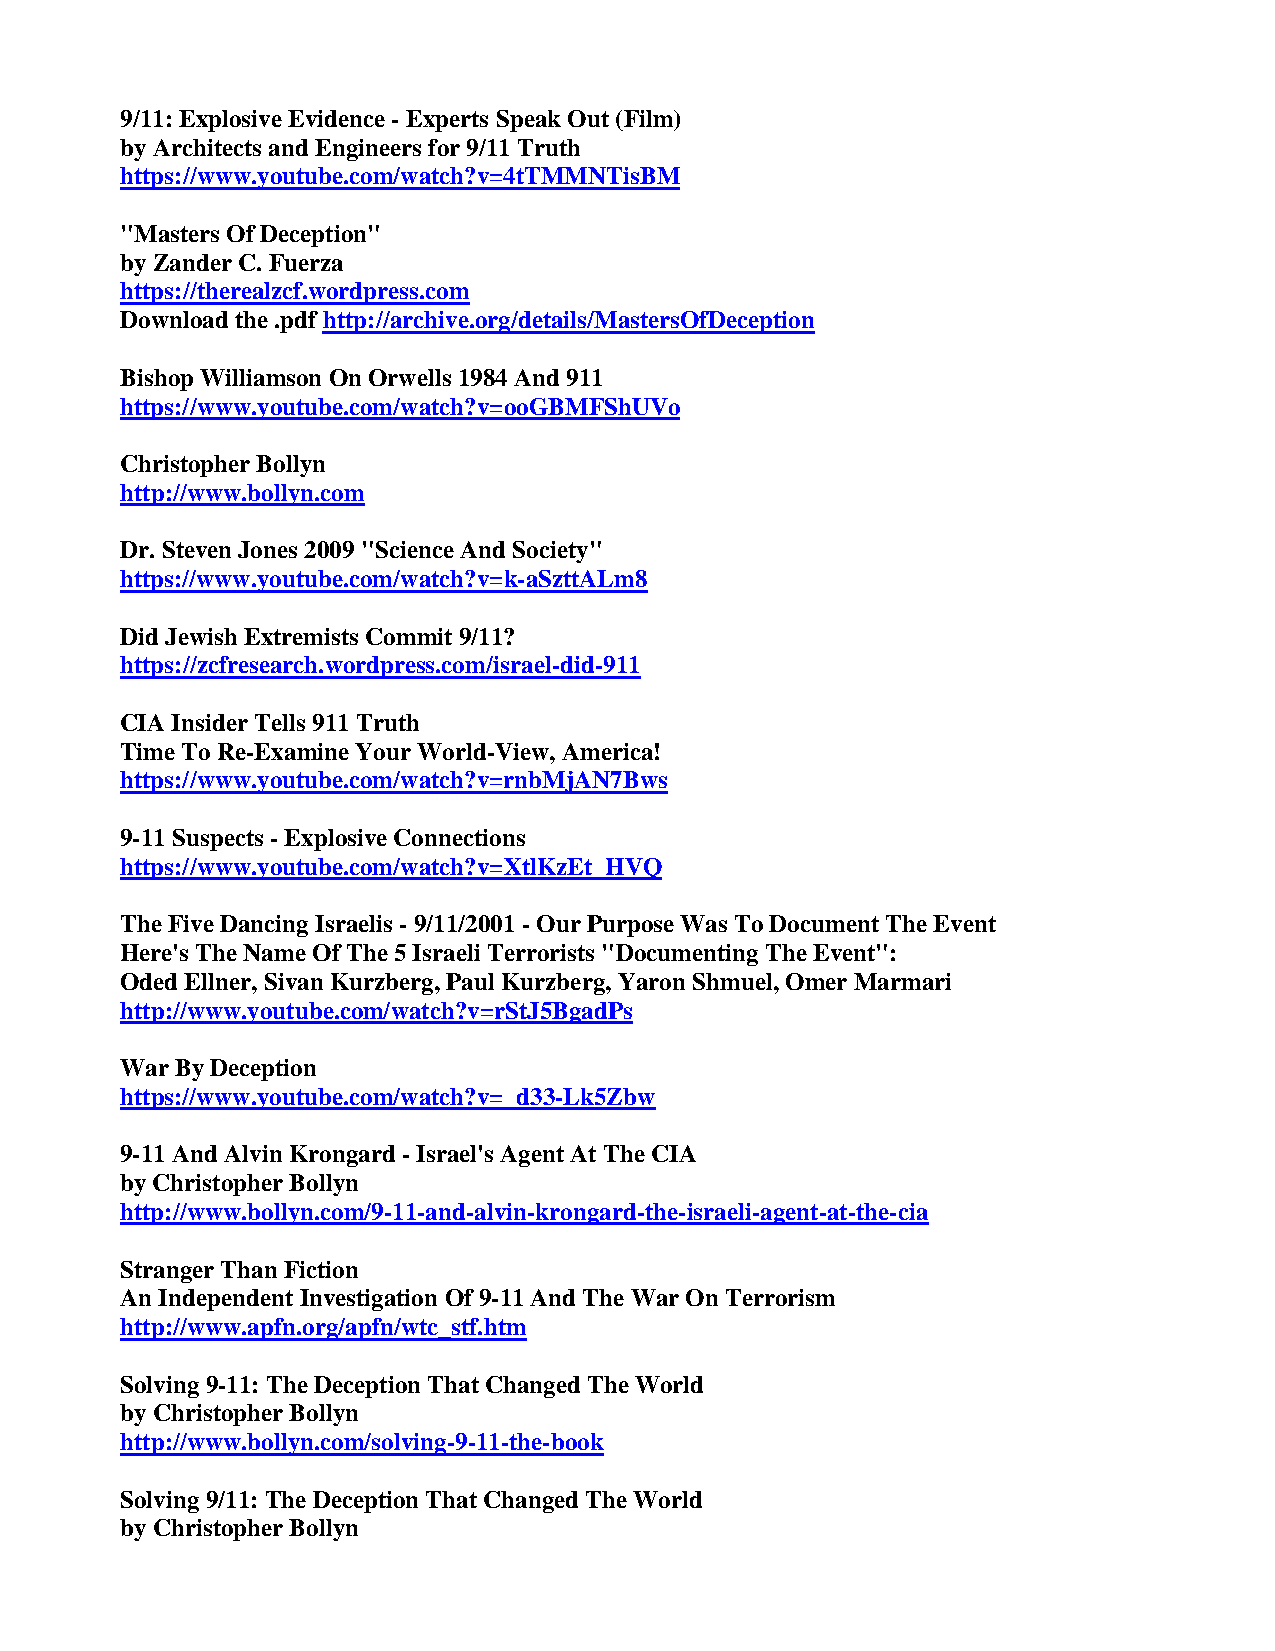
9/11: Explosive Evidence - Experts Speak Out (Film)
 by Architects and Engineers for 9/11 Truth
 https://www.youtube.com/watch?v=4tTMMNTisBM
 "Masters Of Deception"
 by Zander C. Fuerza
 https://therealzcf.wordpress.com
 Download the .pdf http://archive.org/details/MastersOfDeception
 Bishop Williamson On Orwells 1984 And 911
 https://www.youtube.com/watch?v=ooGBMFShUVo
 Christopher Bollyn
 http://www.bollyn.com
 Dr. Steven Jones 2009 "Science And Society"
 https://www.youtube.com/watch?v=k-aSzttALm8
 Did Jewish Extremists Commit 9/11?
 https://zcfresearch.wordpress.com/israel-did-911
 CIA Insider Tells 911 Truth
 Time To Re-Examine Your World-View, America!
 https://www.youtube.com/watch?v=rnbMjAN7Bws
 9-11 Suspects - Explosive Connections
 https://www.youtube.com/watch?v=XtlKzEt_HVQ
 The Five Dancing Israelis - 9/11/2001 - Our Purpose Was To Document The Event
 Here's The Name Of The 5 Israeli Terrorists "Documenting The Event":
 Oded Ellner, Sivan Kurzberg, Paul Kurzberg, Yaron Shmuel, Omer Marmari
 http://www.youtube.com/watch?v=rStJ5BgadPs
 War By Deception
 https://www.youtube.com/watch?v=_d33-Lk5Zbw
 9-11 And Alvin Krongard - Israel's Agent At The CIA
 by Christopher Bollyn
 http://www.bollyn.com/9-11-and-alvin-krongard-the-israeli-agent-at-the-cia
 Stranger Than Fiction
 An Independent Investigation Of 9-11 And The War On Terrorism
 http://www.apfn.org/apfn/wtc_stf.htm
 Solving 9-11: The Deception That Changed The World
 by Christopher Bollyn
 http://www.bollyn.com/solving-9-11-the-book
 Solving 9/11: The Deception That Changed The World
 by Christopher Bollyn